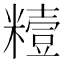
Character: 䊦